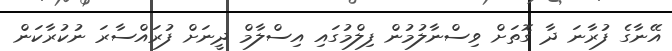
އޭނާގެ ފުރާނަ ދާ ގޮތަށް ވިސްނާލުމުން ފިލްމުގައި އިސްލާމް ދީނަށް ފުރައްސާރަ ނުކުރާކަން